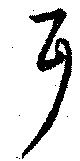
耳